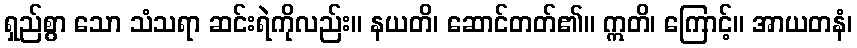
ရှည်စွာ သော သံသရာ ဆင်းရဲကိုလည်း။ နယတိ၊ ဆောင်တတ်၏။ ဣတိ၊ ကြောင့်။ အာယတနံ၊